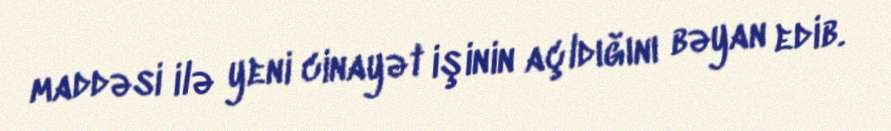
maddəsi ilə yeni cinayət işinin açldığını bəyan edib.